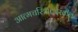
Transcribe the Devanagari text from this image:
आत्मचरित्रातदेखील